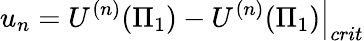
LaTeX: \left.u_{n}=U^{(n)}(\Pi_{1})-U^{(n)}(\Pi_{1})\right|_{crit}